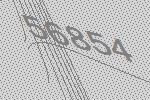
56854